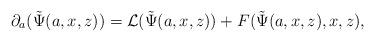
LaTeX: \begin{align*}\partial_a(\tilde{\Psi}(a,x,z))=\mathcal{L}(\tilde{\Psi}(a,x,z))+F(\tilde{\Psi}(a,x,z),x,z),\end{align*}